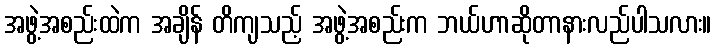
အဖွဲ့အစည်းထဲက အချိန် တိကျသည့် အဖွဲ့အစည်းက ဘယ်ဟာဆိုတာနားလည်ပါသလား။